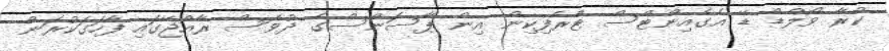
ކުރާ ވޯލްޑް ޑޭ އެގެއިންޓްސް ޓްރެފިކިން އިން ޕާސަންސްގެ ދުވަސް ރާއްޖޭގައި ފާހަގަކުރަން